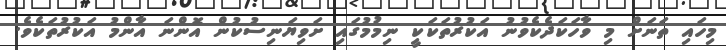
މިހައި ތަނަށް މި ވާހަކަދެކެވުނު އަކުރުތަކަކީ ނިމުމުގައި ށަވިޔަނިސުކުން އޮންނަ އާންމު އަކުރުތަކެވެ.